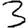
Digit: 3